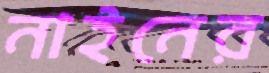
নাইনের